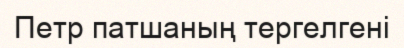
Петр патшаның тергелгені